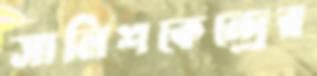
সালিশকেন্দ্রের